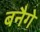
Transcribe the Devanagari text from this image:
बनैगे